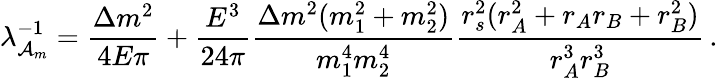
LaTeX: \lambda_{{\cal A}_{m}}^{-1}=\frac{\Delta m^{2}}{4E\pi}+\frac{E^{3}}{24\pi}\frac{\Delta m^{2}(m_{1}^{2}+m_{2}^{2})}{m_{1}^{4}m_{2}^{4}}\frac{r_{s}^{2}(r_{A}^{2}+r_{A}r_{B}+r_{B}^{2})}{r_{A}^{3}r_{B}^{3}}\, .